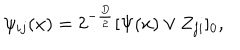
\psi _ { i j } ( x ) = 2 ^ { - \frac { D } { 2 } } [ \Psi ( x ) \vee Z _ { j i } ] _ { 0 } ,